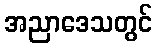
အညာဒေသတွင်